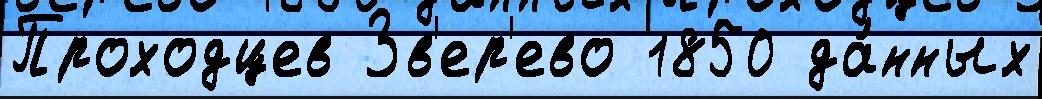
Проходцев Зв'ер'ево 1850 да́нных